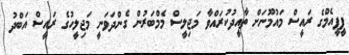
ޕީޕީއެމްގެ ރައީސް މައުމޫނަށް ތާއީދުކުރައްވާ މަޖިލީސް މެމްބަރުން ގެންދަވަނީ މަޖިލީހުގެ ރައީސް އަބްދު